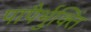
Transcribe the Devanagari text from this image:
पापैर्भुक्तिं